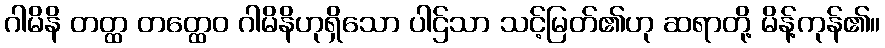
ဂါမိနိ တတ္ထ တတ္ထေဝ ဂါမိနိဟုရှိသော ပါဌ်သာ သင့်မြတ်၏ဟု ဆရာတို့ မိန့်ကုန်၏။